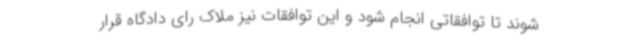
شوند تا توافقاتی انجام شود و این توافقات نیز ملاک رای دادگاه قرار